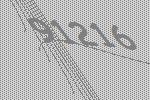
91216